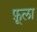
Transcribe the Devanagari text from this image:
फ़ूला